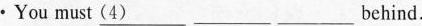
·You must \underline{（4）}___behind.